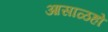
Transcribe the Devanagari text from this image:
आसाळहो